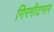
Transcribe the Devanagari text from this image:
गिरगीटमार